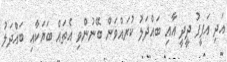
އަދި އަފީފު ދީދީ އާއި ބައްދަލު ކުރައްވަން ބޭނުންވި އެތައް ބަޔަކާއި ބައްދަލު